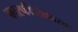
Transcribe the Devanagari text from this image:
अपस्फीतिकारक